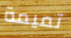
تميمة